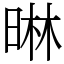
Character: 晽